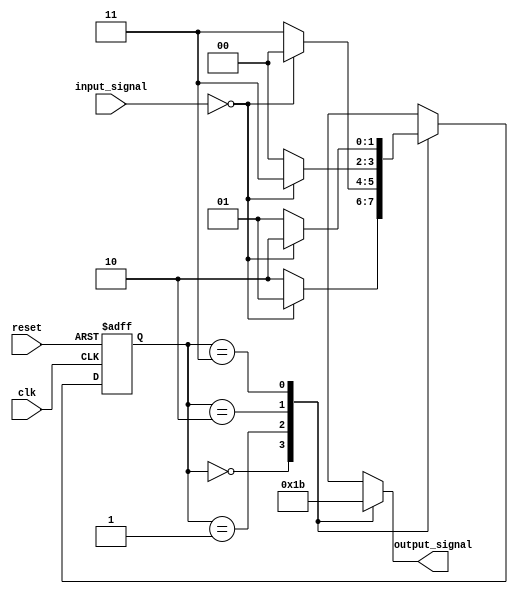
module fsm (
    input wire clk,      // Clock signal
    input wire reset,    // Reset signal
    input wire [1:0] input_signal,  // Input signal
    
    output reg [1:0] output_signal   // Output signal
);

// Define states
parameter STATE_A = 2'b00;
parameter STATE_B = 2'b01;
parameter STATE_C = 2'b10;
parameter STATE_D = 2'b11;

// Define state register
reg [1:0] state_reg, next_state;

// State transition logic
always @ (posedge clk or posedge reset)
begin
    if(reset)
        state_reg <= STATE_A;
    else
        state_reg <= next_state;
end

always @ (*)
begin
    // Default next state
    next_state = state_reg;
    
    // State transition logic
    case(state_reg)
        STATE_A: begin
            if(input_signal == 2'b00)
                next_state = STATE_B;
            else
                next_state = STATE_C;
        end
        STATE_B: begin
            if(input_signal == 2'b00)
                next_state = STATE_A;
            else
                next_state = STATE_D;
        end
        STATE_C: begin
            if(input_signal == 2'b00)
                next_state = STATE_D;
            else
                next_state = STATE_A;
        end
        STATE_D: begin
            if(input_signal == 2'b00)
                next_state = STATE_C;
            else
                next_state = STATE_B;
        end
    endcase
end

// Output generation logic
always @ (*)
begin
    case(state_reg)
        STATE_A: output_signal = 2'b00;
        STATE_B: output_signal = 2'b01;
        STATE_C: output_signal = 2'b10;
        STATE_D: output_signal = 2'b11;
    endcase
end

endmodule